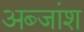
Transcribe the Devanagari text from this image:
अब्जांश